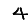
Digit: 4